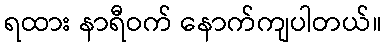
ရထား နာရီဝက် နောက်ကျပါတယ်။